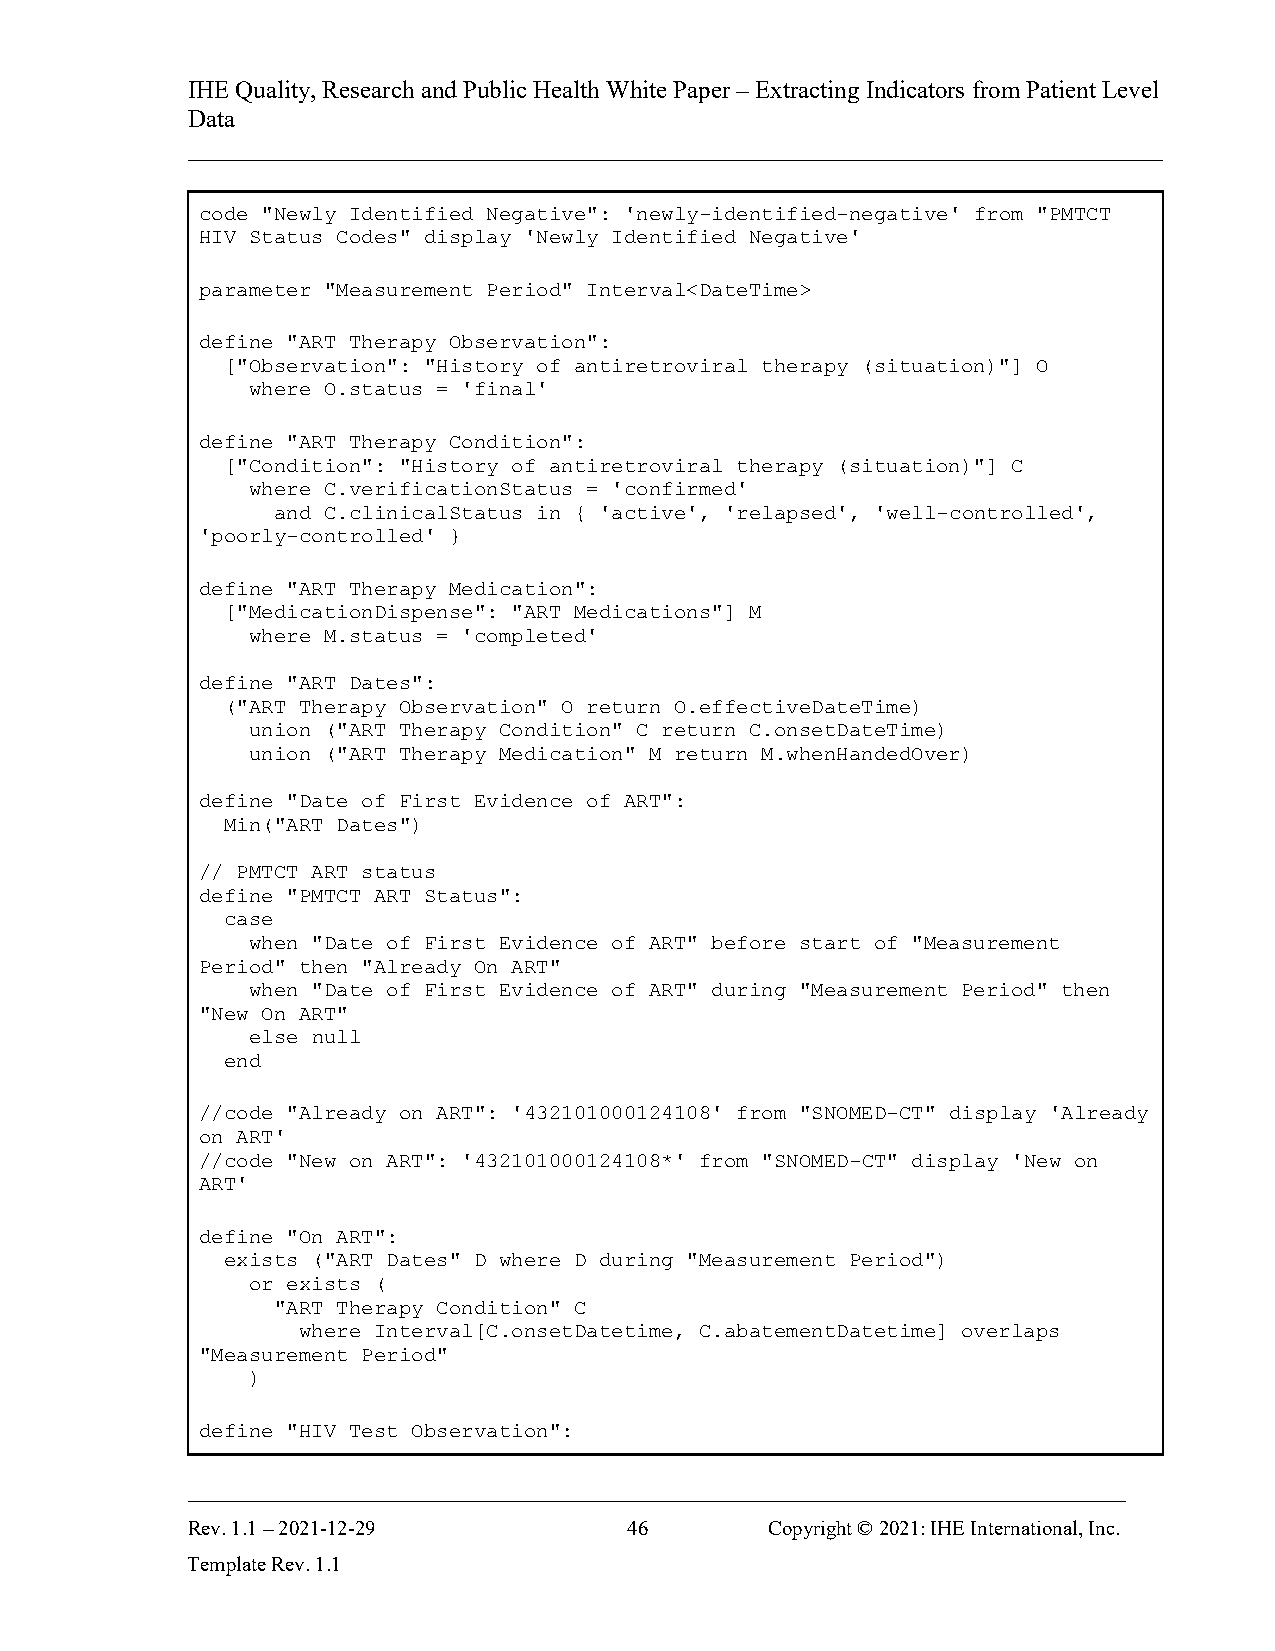
IHE Quality, Research and Public Health White Paper – Extracting Indicators from Patient Level
 Data
 ______________________________________________________________________________
 code "Newly Identified Negative": 'newly-identified-negative' from "PMTCT
 HIV Status Codes" display 'Newly Identified Negative'
 parameter "Measurement Period" Interval<DateTime>
 define "ART Therapy Observation":
 ["Observation": "History of antiretroviral therapy (situation)"] O
 where O.status = 'final'
 define "ART Therapy Condition":
 ["Condition": "History of antiretroviral therapy (situation)"] C
 where C.verificationStatus = 'confirmed'
 and C.clinicalStatus in { 'active', 'relapsed', 'well-controlled',
 'poorly-controlled' }
 define "ART Therapy Medication":
 ["MedicationDispense": "ART Medications"] M
 where M.status = 'completed'
 define "ART Dates":
 ("ART Therapy Observation" O return O.effectiveDateTime)
 union ("ART Therapy Condition" C return C.onsetDateTime)
 union ("ART Therapy Medication" M return M.whenHandedOver)
 define "Date of First Evidence of ART":
 Min("ART Dates")
 // PMTCT ART status
 define "PMTCT ART Status":
 case
 when "Date of First Evidence of ART" before start of "Measurement
 Period" then "Already On ART"
 when "Date of First Evidence of ART" during "Measurement Period" then
 "New On ART"
 else null
 end
 //code "Already on ART": '432101000124108' from "SNOMED-CT" display 'Already
 on ART'
 //code "New on ART": '432101000124108*' from "SNOMED-CT" display 'New on
 ART'
 define "On ART":
 exists ("ART Dates" D where D during "Measurement Period")
 or exists (
 "ART Therapy Condition" C
 where Interval[C.onsetDatetime, C.abatementDatetime] overlaps
 "Measurement Period"
 )
 define "HIV Test Observation":
 ___________________________________________________________________________
 Rev. 1.1 – 2021-12-29         46       Copyright © 2021: IHE International, Inc.
 Template Rev. 1.1